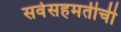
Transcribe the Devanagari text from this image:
सर्वसहमतीची